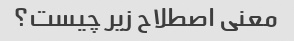
معنی اصطلاح زیر چیست؟